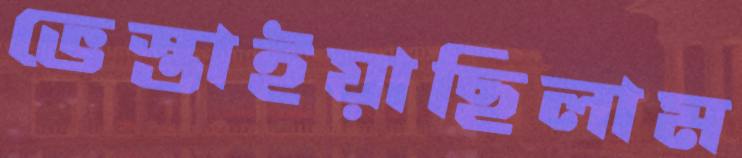
ভেস্তাইয়াছিলাম